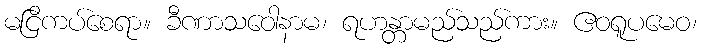
မငြိကပ်စေရာ။ ခီဏာသဝေါနာမ၊ ရဟန္တာမည်သည်ကား။ ဧဝရူပမေဝ၊